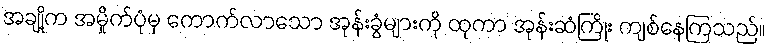
အချို့က အမှိုက်ပုံမှ ကောက်လာသော အုန်းခွံများကို ထုကာ အုန်းဆံကြိုး ကျစ်နေကြသည်။